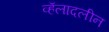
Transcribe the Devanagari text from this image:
व्हॅलादलीन